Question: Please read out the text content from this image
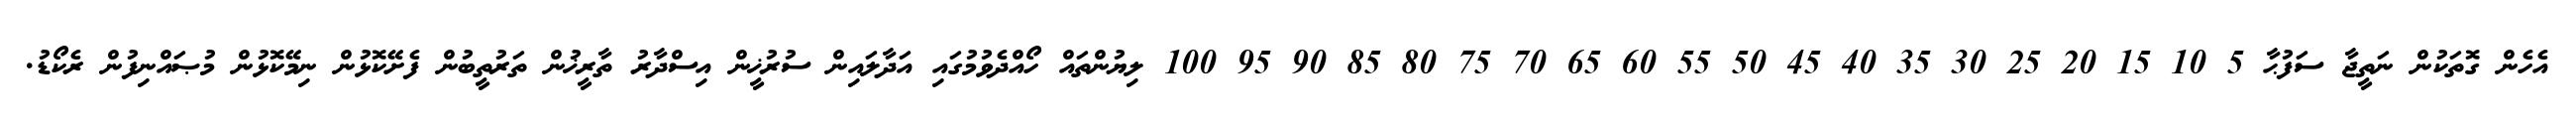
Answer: އެހެން ގޮތަކުން ނަތީޖާ ސަފުޙާ 5 10 15 20 25 30 35 40 45 50 55 60 65 70 75 80 85 90 95 100 ލިޔުންތައް ހޯއްދެވުމުގައި އަދާލައިން ސުރުޚީން އިސްދާރު ތާރީޚުން ތަރުތީބުން ފެށޭކޮޅުން ނިމޭކޮޅުން މުޞައްނިފުން ރެކޯޑު.